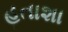
હતાશા